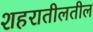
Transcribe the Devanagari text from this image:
शहरातीलतील